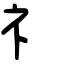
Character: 礻